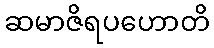
ဆမာဇိရပဟောတိ